Report on the bubonic plague in Bombay, 1896-1897
Year: 1896
Disease focus: Plague
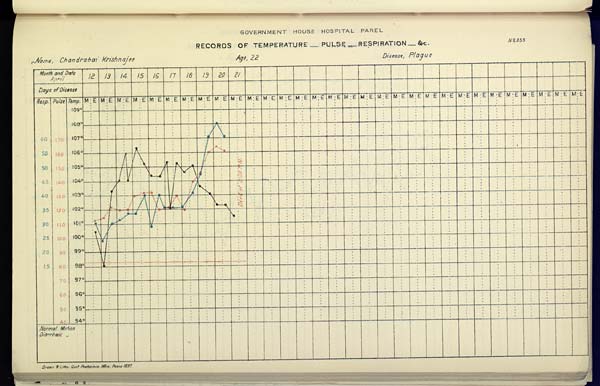
GOVERNMENT HOUSE HOSPITAL PAREL
RECORDS OF TEMPERATURE __ PULSE __ RESPIRATION __ &c. No. 355
Name,
Chandrabai
Krishnajee
Age,
22
Disease,
Plague
Drawn & Litho Govt. Photozinco, Office, Poona 1897.